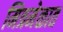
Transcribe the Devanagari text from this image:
मित्रमेळात